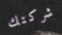
شركتك